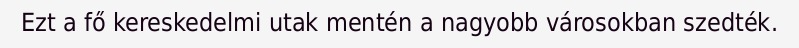
Ezt a fő kereskedelmi utak mentén a nagyobb városokban szedték.